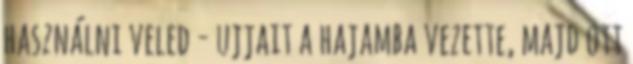
használni veled - ujjait a hajamba vezette, majd ott